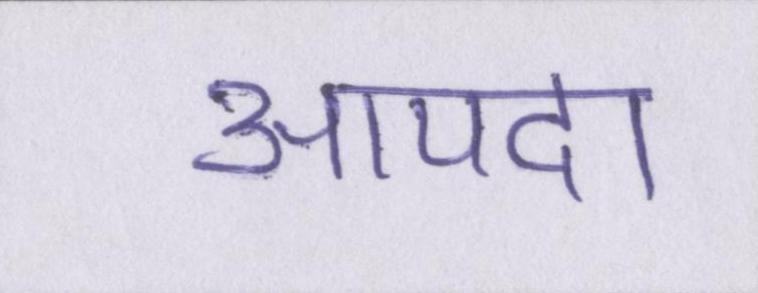
आपदा